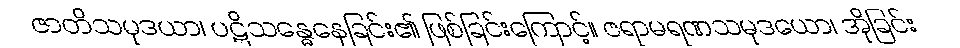
ဇာတိသမုဒယာ၊ ပဋိသန္ဓေနေခြင်း၏ ဖြစ်ခြင်းကြောင့်။ ဇရာမရဏသမုဒယော၊ အိုခြင်း